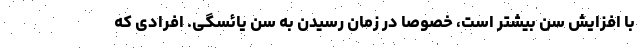
با افزایش سن بیشتر است، خصوصا در زمان رسیدن به سن یائسگی. افرادی که